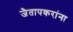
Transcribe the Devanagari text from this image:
जैतापकरांना